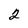
Character: 2